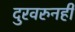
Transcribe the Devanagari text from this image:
दुरवरुनही